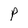
Character: P